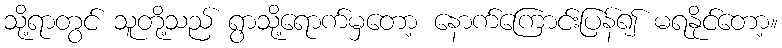
သို့ရာတွင် သူတို့သည် ရွာသို့ရောက်မှတော့ နောက်ကြောင်းပြန်၍ မရနိုင်တော့။